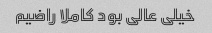
خیلی عالی بود کاملا راضیم